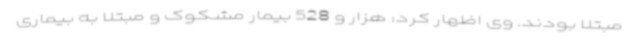
مبتلا بودند. وی اظهار کرد: هزار و 528 بیمار مشکوک و مبتلا به بیماری